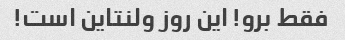
فقط برو! این روز ولنتاین است!